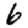
Digit: 6